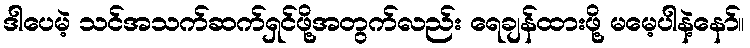
ဒါပေမဲ့ သင်အသက်ဆက်ရှင်ဖို့အတွက်လည်း ရေချန်ထားဖို့ မမေ့ပါနဲ့နော်။